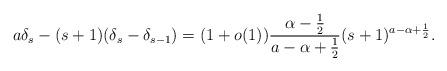
LaTeX: \begin{align*} a \delta_s - (s+1)(\delta_s-\delta_{s-1})=(1+o(1))\frac{\alpha-\frac{1}{2}}{a-\alpha+\frac{1}{2}}(s+1)^{a - \alpha + \frac{1}{2}}.\end{align*}